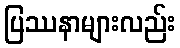
ပြဿနာများလည်း